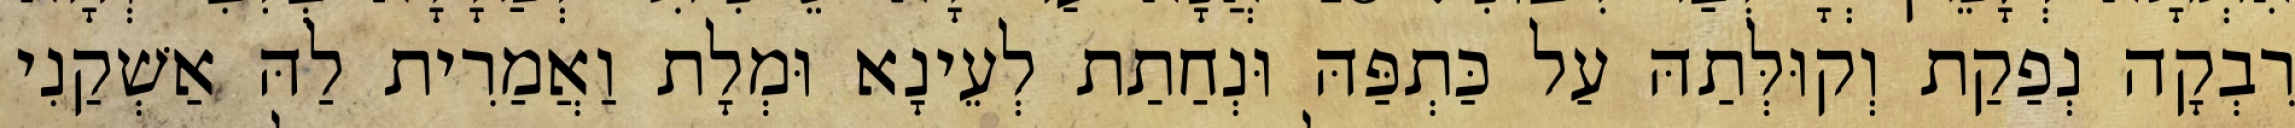
רִבְקָה נְפַקַת וְקוּלְּתַהּ עַל כַּתְפַּהּ וּנְחַתַת לְעֵינָא וּמְלָת וַאֲמַרִית לַהּ אַשְׁקַנִי